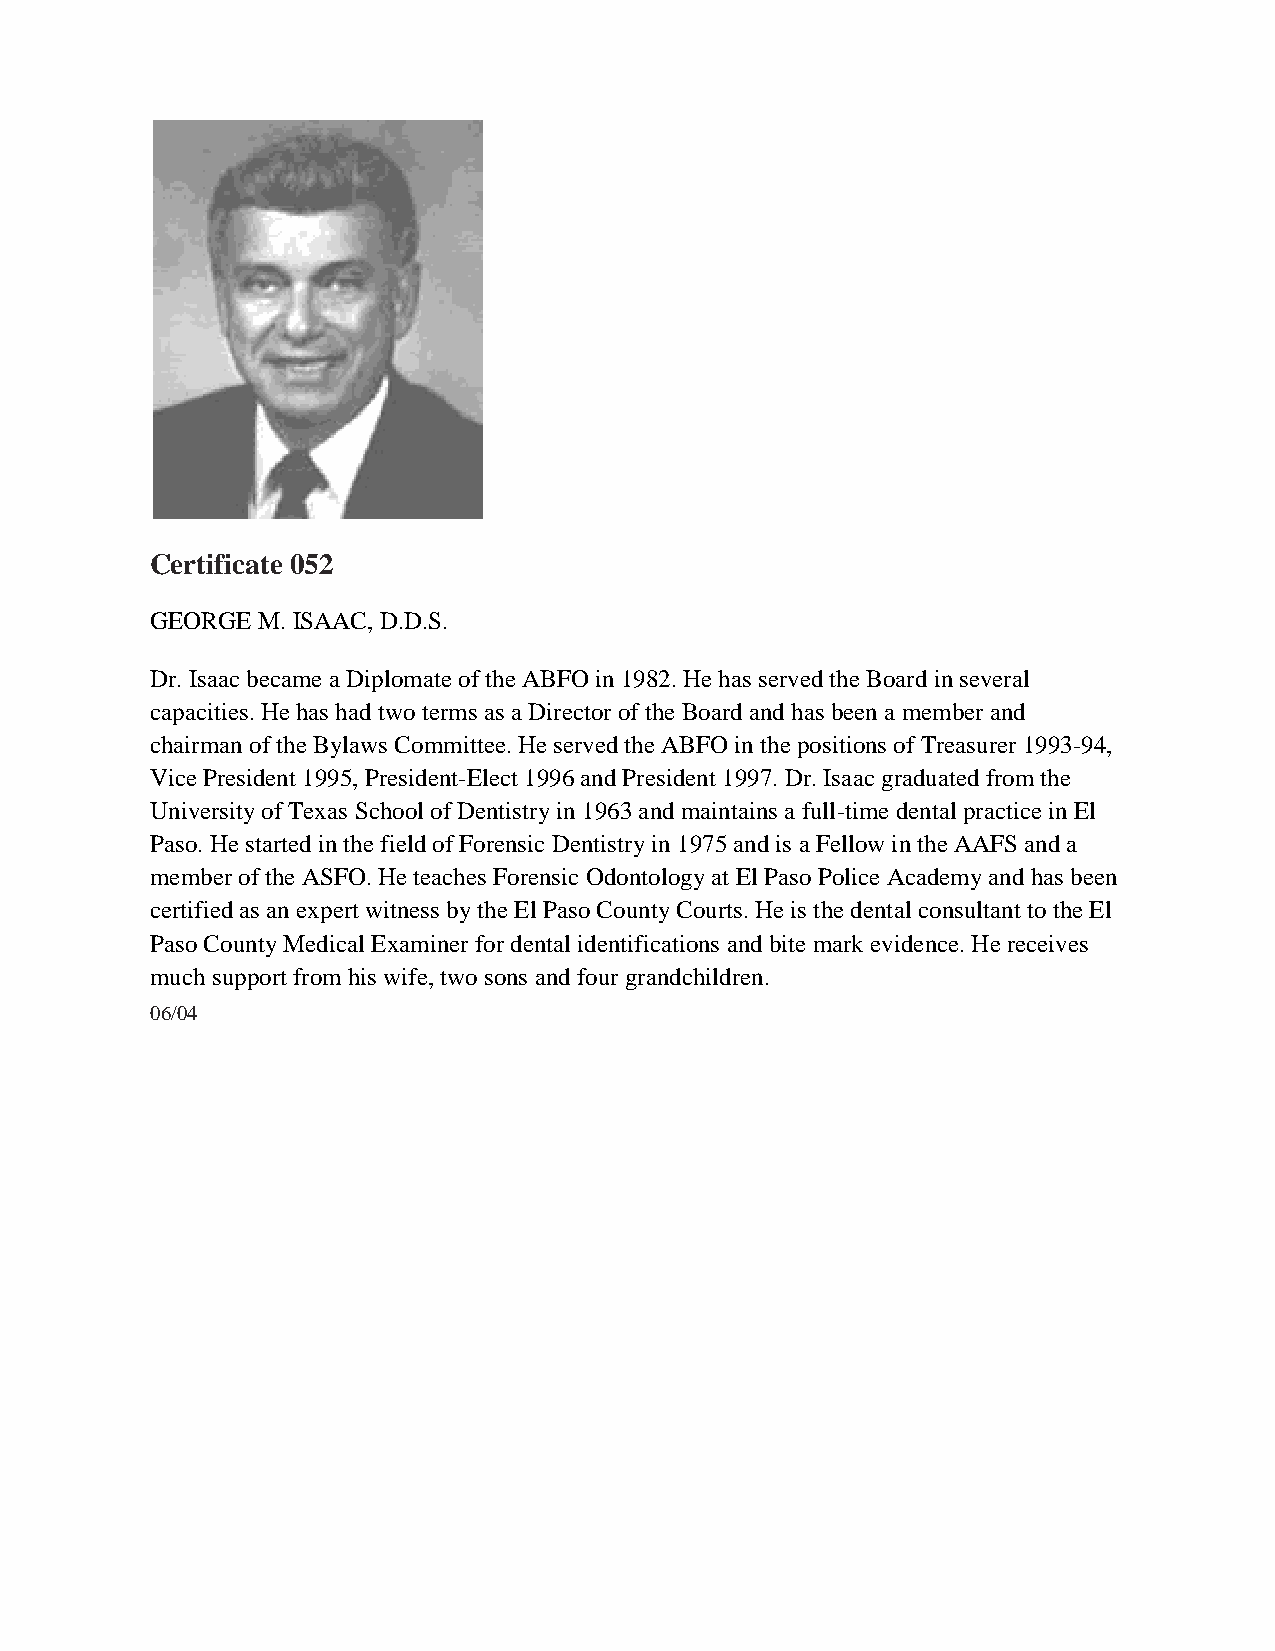
Certificate 052
 GEORGE M. ISAAC, D.D.S.
 Dr. Isaac became a Diplomate of the ABFO in 1982. He has served the Board in several
 capacities. He has had two terms as a Director of the Board and has been a member and
 chairman of the Bylaws Committee. He served the ABFO in the positions of Treasurer 1993-94,
 Vice President 1995, President-Elect 1996 and President 1997. Dr. Isaac graduated from the
 University of Texas School of Dentistry in 1963 and maintains a full-time dental practice in El
 Paso. He started in the field of Forensic Dentistry in 1975 and is a Fellow in the AAFS and a
 member of the ASFO. He teaches Forensic Odontology at El Paso Police Academy and has been
 certified as an expert witness by the El Paso County Courts. He is the dental consultant to the El
 Paso County Medical Examiner for dental identifications and bite mark evidence. He receives
 much support from his wife, two sons and four grandchildren.
 06/04